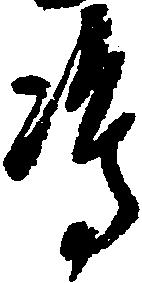
嶋